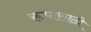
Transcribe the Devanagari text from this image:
रूपासाठी